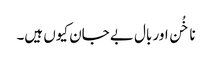
ناخُن اور بال بے جان کیوں ہیں۔